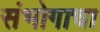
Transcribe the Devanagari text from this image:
संभोगाचा